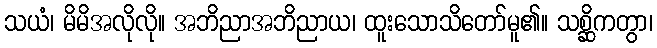
သယံ၊ မိမိအလိုလို။ အဘိညာအဘိညာယ၊ ထူးသောသိတော်မူ၏။ သစ္ဆိကတွာ၊